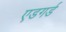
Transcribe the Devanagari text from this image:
एडगर्ड